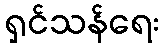
ရှင်သန်ရေး